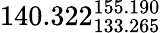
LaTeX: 140.322_{133.265}^{155.190}